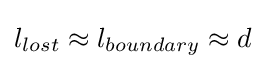
l_{lost}\approx l_{boundary}\approx d